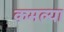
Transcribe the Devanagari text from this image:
कमल्या